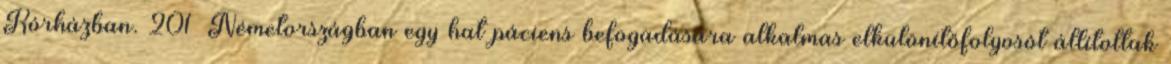
Kórházban. 201 Németországban egy hat páciens befogadására alkalmas elkülönítőfolyosót állítottak